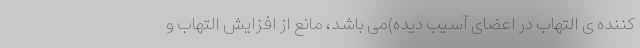
کننده ی التهاب در اعضای آسیب دیده)می باشد، مانع از افزایش التهاب و